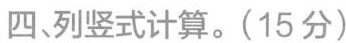
四列竖式计算。(15分)